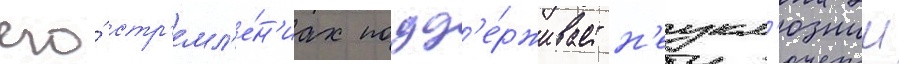
его́ стр'емл'е́н'иах подд'е́рживает н'еукл'южии